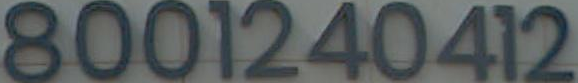
8001240412